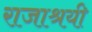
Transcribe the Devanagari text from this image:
राजाश्रयी